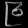
Digit: ၉